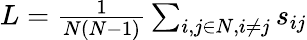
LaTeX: \begin{array}{r}{L=\frac{1}{N(N-1)}\sum_{i,j\in N,i\neq j}s_{ij}}\end{array}